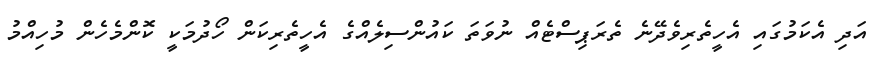
އަދި އެކަމުގައި އެހީތެރިވެދޭނެ ތެރަޕިސްޓެއް ނުވަތަ ކައުންސިލެއްގެ އެހީތެރިކަން ހޯދުމަކީ ކޮންމެހެން މުހިއްމު